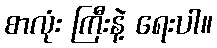
စာလုံး ကြီးနဲ့ ရေးပါ။